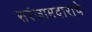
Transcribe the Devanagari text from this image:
सरंजामदाराचे